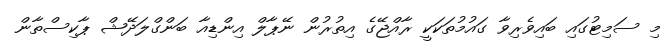
މި ސަމިޓުގައި ބައިވެރިވާ ގައުމުތަކަކީ ރާއްޖޭގެ އިތުރުން ނޭޕާލް އިންޑިއާ ބަންގްލަދޭޝް ޕާކިސްތާން